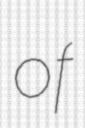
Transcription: of